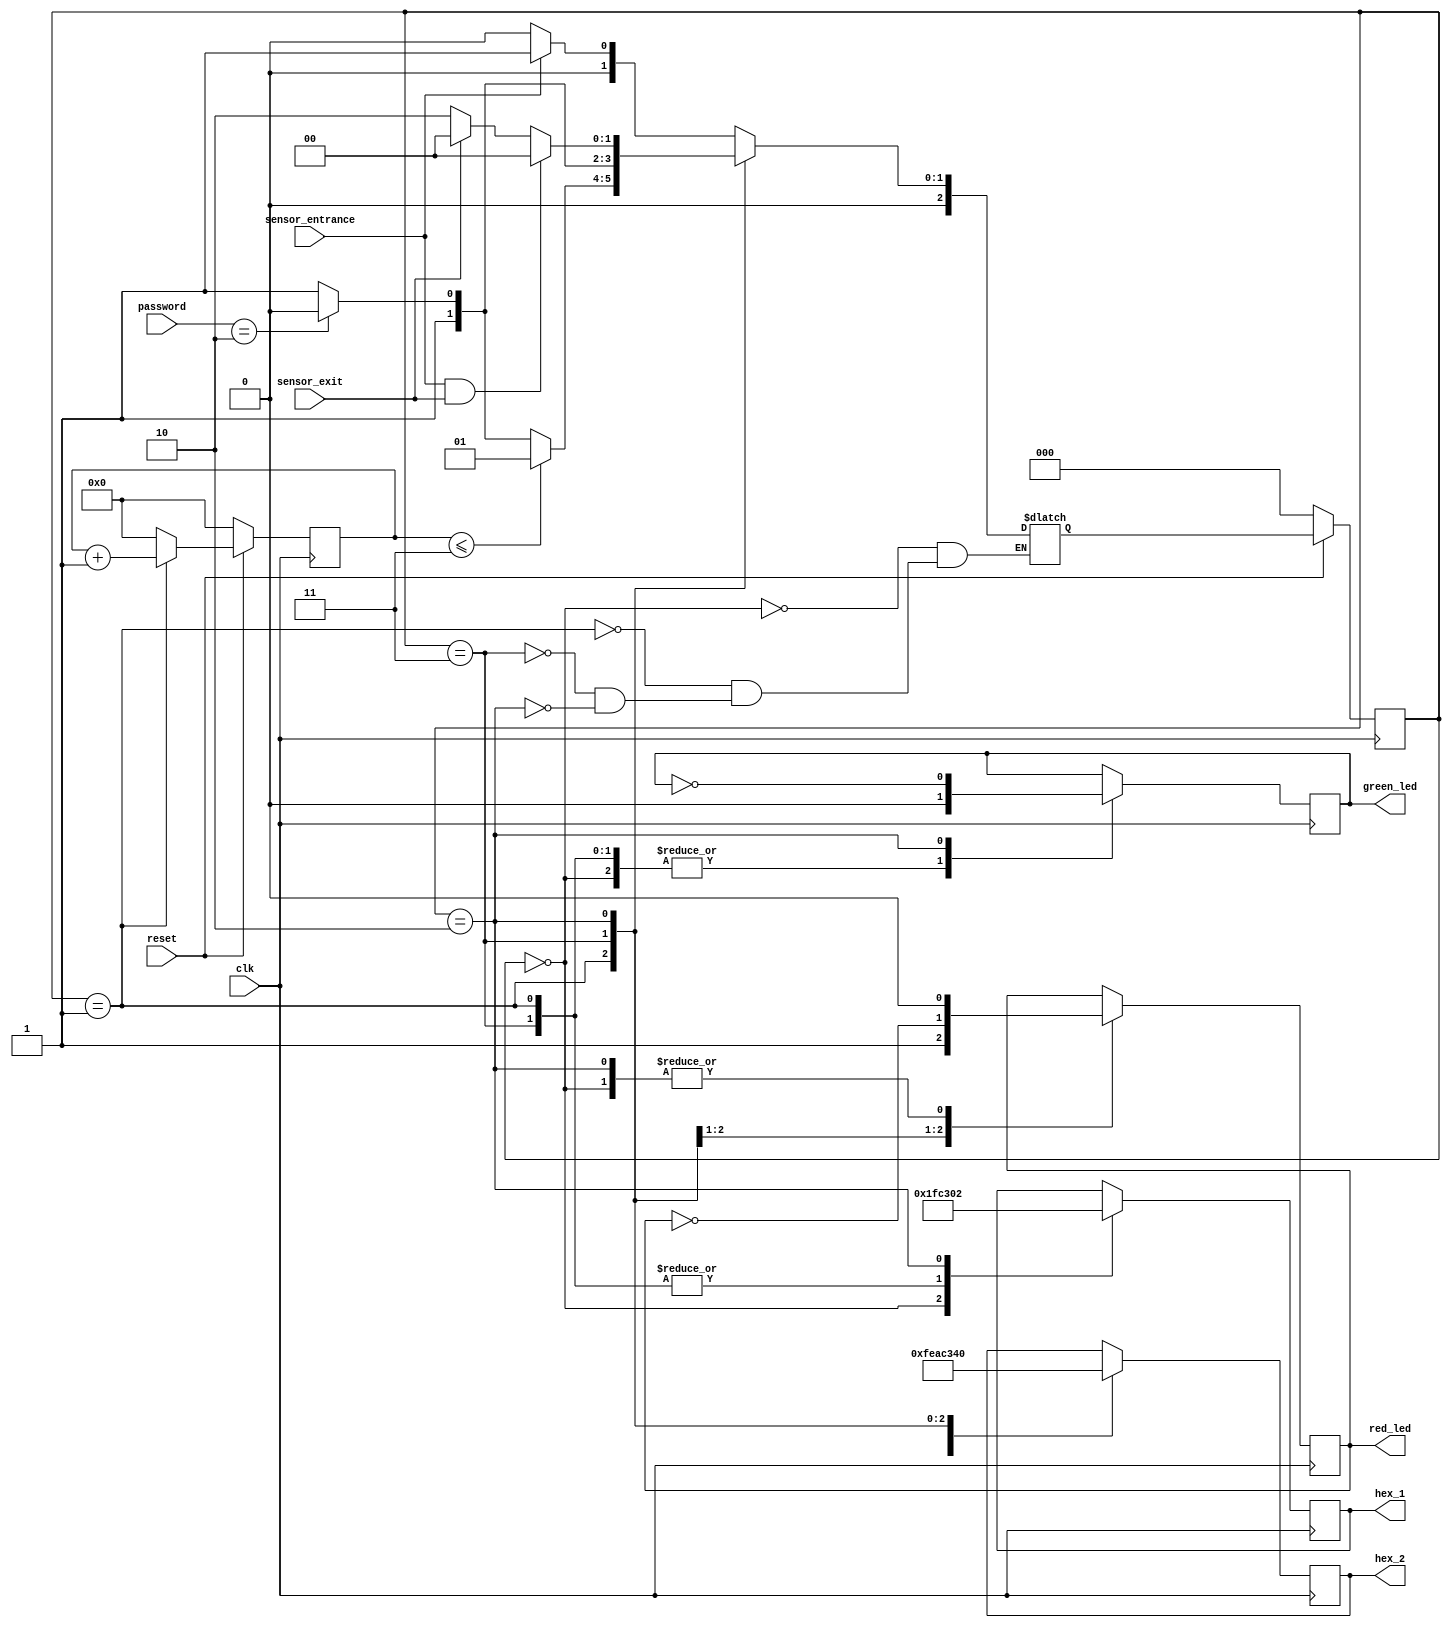
module parking_system(input clk,reset,
input sensor_entrance,sensor_exit,
input [0:2]password,
output wire green_led,red_led,
output reg [0:6]hex_1,hex_2);
parameter idle=3'b000,wait_password=3'b001,right_password=3'b010,wrong_password=3'b011;
reg [2:0]current_state,next_state;
reg [31:0] counter_wait;
reg red_tmp,green_tmp;
always @(posedge clk)  
begin
if(reset==0)
current_state=idle;
else
current_state=next_state;
end
always @(posedge clk)
begin
if(reset==0)
counter_wait<=0;
else if(current_state==wait_password)
counter_wait<=counter_wait+1;
else
counter_wait<=0;
end
always @(*)
begin
case(current_state)
idle:
begin
if(sensor_entrance==1)
next_state=wait_password;
else
next_state=idle;
end
wait_password:
begin
if(counter_wait<=3)
next_state<=wait_password;
else begin
if(password==3'b010)
next_state=right_password;
else
next_state=wrong_password;
end
end
wrong_password:
begin
if(password==3'b010)
next_state=right_password;
else
next_state=wrong_password;
end
right_password:
begin
if(sensor_entrance==1 && sensor_exit==1)
next_state=idle;
else if(sensor_exit==1)
next_state=idle;
else
next_state=right_password;
end
endcase
end
always @(posedge clk)
begin
case(current_state)
idle:
begin
green_tmp=1'b0;
red_tmp=1'b0;
hex_1=7'b1111111;
hex_2=7'b1111111;
end
wait_password: begin
 green_tmp = 1'b0;
 red_tmp = 1'b1;
 hex_1 = 7'b000_0110; // E
 hex_2 = 7'b010_1011; // n 
 end
 wrong_password: begin
 green_tmp = 1'b0;
 red_tmp = ~red_tmp;
 hex_1 = 7'b000_0110; // E
 hex_2 = 7'b000_0110; // E 
 end
 right_password: begin
 green_tmp = ~green_tmp;
 red_tmp = 1'b0;
 hex_1 = 7'b000_0010; // 6
 hex_2 = 7'b100_0000; // 0 
 end
 endcase
 end
 assign red_led = red_tmp  ;
 assign green_led = green_tmp;

endmodule